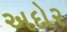
અદોર